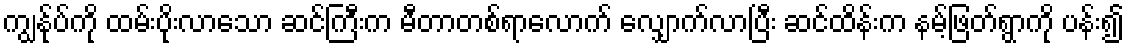
ကျွန်ုပ်ကို ထမ်းပိုးလာသော ဆင်ကြီးက မီတာတစ်ရာလောက် လျှောက်လာပြီး ဆင်ထိန်းက နမ့်ဖြတ်ရွာကို ပန်း၍